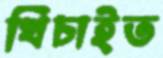
খিচাইত